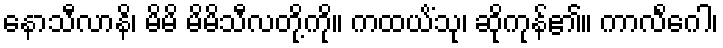
နောသီလာနိ၊ မိမိ မိမိသီလတို့ကို။ ကထယိံသု၊ ဆိုကုန်၏။ ကာလိင်္ဂေါ၊